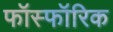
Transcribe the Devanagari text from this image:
फॉस्फॉरिक